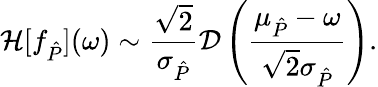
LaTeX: \mathcal H[f_{\hat{P}}](\omega)\sim\frac{\sqrt 2}{\sigma_{\hat{P}}}\mathcal D\left(\frac{\mu_{\hat{P}}-\omega}{\sqrt 2\sigma_{\hat{P}}}\right).